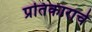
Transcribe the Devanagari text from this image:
प्रतिकाराचे